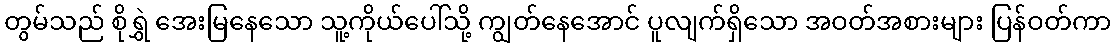
တွမ်သည် စိုရွှဲ အေးမြနေသော သူ့ကိုယ်ပေါ်သို့ ကျွတ်နေအောင် ပူလျက်ရှိသော အဝတ်အစားများ ပြန်ဝတ်ကာ